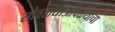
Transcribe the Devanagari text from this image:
सोवळ्याओंवळ्याचा